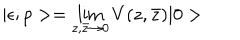
| \epsilon ; p > = \lim _ { z , \bar { z } \rightarrow 0 } V ( z , \bar { z } ) | 0 >